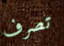
تصرف